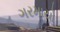
ગરમાયો